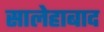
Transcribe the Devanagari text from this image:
सालेहाबाद